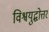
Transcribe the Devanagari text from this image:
विश्वयुद्धोत्तर